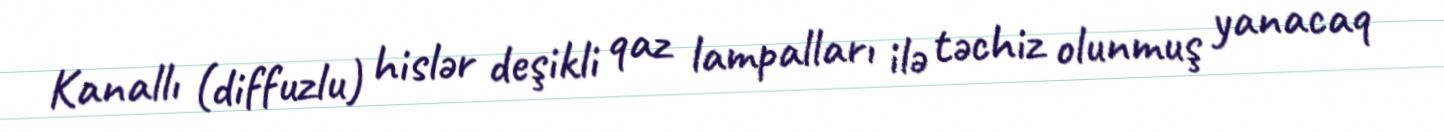
Kanallı (diffuzlu) hislər deşikli qaz lampalları ilə təchiz olunmuş yanacaq